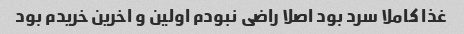
غذا کاملا سرد بود اصلا راضی نبودم اولین و اخرین خریدم بود